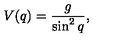
V ( q ) = \frac { g } { \sin ^ { 2 } q } ,